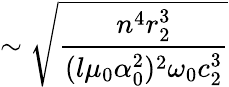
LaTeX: \sim\sqrt{\frac{n^{4}r_{2}^{3}}{(l\mu_{0}\alpha_{0}^{2})^{2}\omega_{0}c_{2}^{3}}}